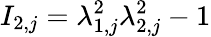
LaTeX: I_{2,j}=\lambda_{1,j}^{2}\lambda_{2,j}^{2}-1